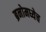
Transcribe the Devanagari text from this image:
ब्रनोमध्येच